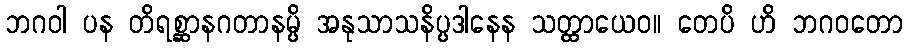
ဘဂဝါ ပန တိရစ္ဆာနဂတာနမ္ပိ အနုသာသနိပ္ပဒါနေန သတ္ထာယေဝ။ တေပိ ဟိ ဘဂဝတော